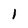
Character: l